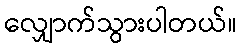
လျှောက်သွားပါတယ်။